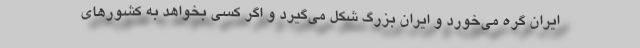
ایران گره می‌خورد و ایران بزرگ شکل می‌گیرد و اگر کسی بخواهد به کشورهای